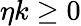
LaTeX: \eta k\geq 0